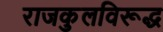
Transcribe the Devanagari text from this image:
राजकुलविरूद्ध